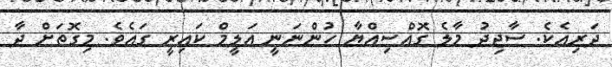
ދަރިއެކެ. ސާޖިދު މާލެ ގޮއްސިއްޔާ ހުންނަނީ އަލީމް ކައިރީ ގައެވެ. މިގޮތަށް ދާ